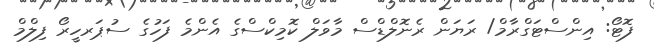
ފޮޓޯ: އިންސްޓަގްރާމް/ ރަޔަން ރެނޮލްޑްސް މާވަލް ކޮމިކްސްގެ އެންމެ ފަހުގެ ސުޕަރހީރޯ ފިލްމް